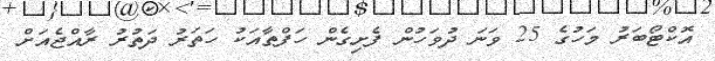
އޮކްޓޯބަރު މަހުގެ 25 ވަނަ ދުވަހުން ފެށިގެން ހަފްތާއަކު ހަތަރު ދަތުރު ރާއްޖެއަށް